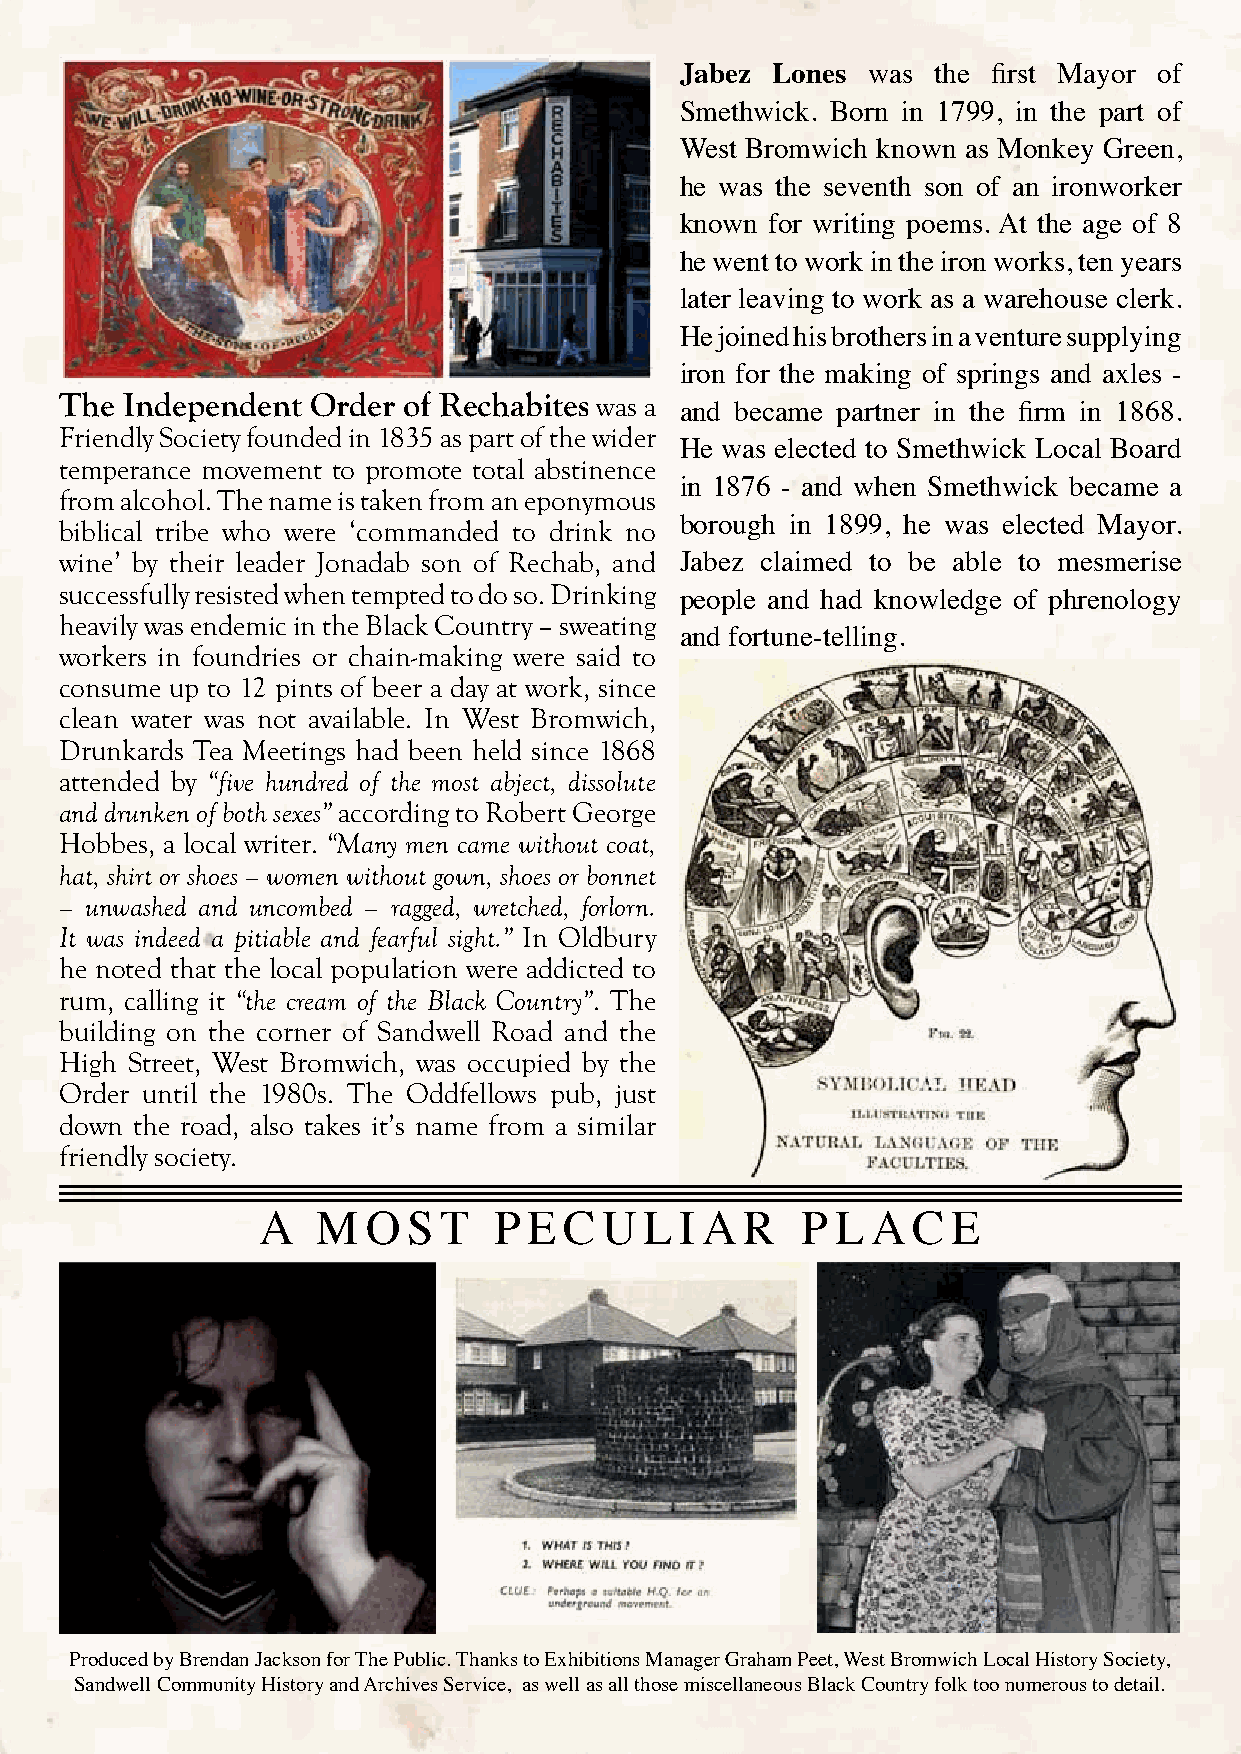
Jabez Lones was  the first Mayor of
 Smethwick. Born in 1799, in the part of
 West Bromwich known as Monkey Green,
 he was the seventh son of an ironworker
 known for writing poems. At the age of 8
 he went to work in the iron works, ten years
 later leaving to work as a warehouse clerk.
 He joined his brothers in a venture supplying
 iron for the making of springs and axles -
 The Independent  Order of Rechabites was a
 and became partner in the firm in 1868.
 Friendly Society founded in 1835 as part of the wider
 He was elected to Smethwick Local Board
 temperance movement to promote total abstinence
 in 1876 - and when Smethwick became a
 from alcohol. The name is taken from an eponymous
 biblical tribe who were ‘commanded to drink no borough in 1899, he was elected Mayor.
 wine’ by their leader Jonadab son of Rechab, and Jabez claimed to be able to mesmerise
 successfully resisted when tempted to do so. Drinking
 people and had knowledge of phrenology
 heavily was endemic in the Black Country – sweating
 and fortune-telling.
 workers in foundries or chain-making were said to
 consume up to 12 pints of beer a day at work, since
 clean water was not available. In West Bromwich,
 Drunkards Tea Meetings had been held since 1868
 attended by “five hundred of the most abject, dissolute
 and drunken of both sexes” according to Robert George
 Hobbes, a local writer. “Many men came without coat,
 hat, shirt or shoes – women without gown, shoes or bonnet
 – unwashed and uncombed – ragged, wretched, forlorn.
 It was indeed a pitiable and fearful sight.” In Oldbury
 he noted that the local population were addicted to
 rum, calling it “the cream of the Black Country”. The
 building on the corner of Sandwell Road and the
 High Street, West Bromwich, was occupied by the
 Order until the 1980s. The Oddfellows pub, just
 down the road, also takes it’s name from a similar
 friendly society.
 A   M  O  S T   P E C  U  L I A R   P L  A C  E
 Produced by Brendan Jackson for The Public. Thanks to Exhibitions Manager Graham Peet, West Bromwich Local History Society,
 Sandwell Community History and Archives Service, as well as all those miscellaneous Black Country folk too numerous to detail.